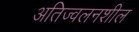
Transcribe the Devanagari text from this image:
अतिज्वलनशील